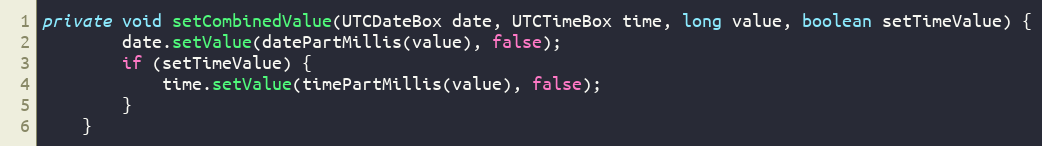
Language: Java
private void setCombinedValue(UTCDateBox date, UTCTimeBox time, long value, boolean setTimeValue) {
        date.setValue(datePartMillis(value), false);
        if (setTimeValue) {
            time.setValue(timePartMillis(value), false);
        }
    }